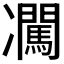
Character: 𪞰